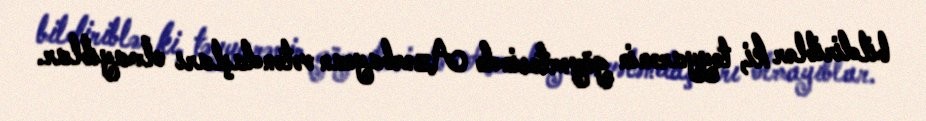
bildiriblər ki, təyyarənin göyərtəsində Azərbaycan vətəndaşları olmayıblar.